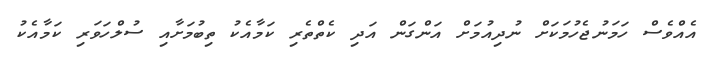
އެއްވެސް ހަމަނުޖެހުމަކަށް ނުދިއުމަށް އަންގަން އަދި ކެތްތެރި ކަމާއެކު ތިބުމަށާއި ސުލްހަވަރި ކަމާއެކު